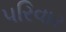
પરિવાર